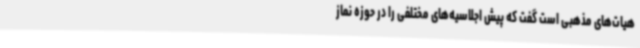
هیات‌های مذهبی است گفت که پیش اجلاسیه‌های مختلفی را در حوزه نماز